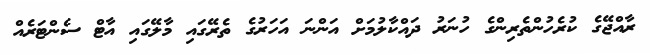
ރާއްޖޭގެ ކުރެހުންތެރިންގެ ހުނަރު ދައްކާލުމަށް އަންނަ އަހަރުގެ ތެރޭގައި މާލޭގައި އާޓް ސެންޓަރެއް